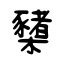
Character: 櫫